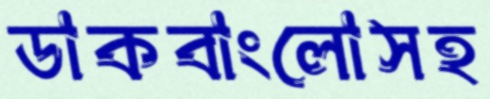
ডাকবাংলোসহ